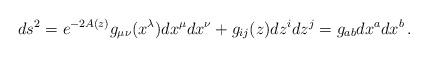
LaTeX: \begin{align*}ds^2= e^{-2A(z)} g_{\mu\nu}(x^\lambda)dx^{\mu}dx^{\nu}+g_{ij}(z)dz^i dz^j= g_{ab}dx^a dx^b\,.\end{align*}